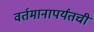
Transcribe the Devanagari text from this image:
वर्तमानापर्यंतची